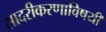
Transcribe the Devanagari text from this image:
सादरीकरणाविषयी